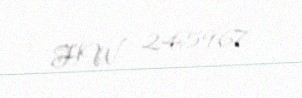
HW 245967